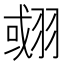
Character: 𦑍